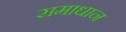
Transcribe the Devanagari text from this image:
रामाधान